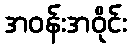
အဝန်းအဝိုင်း